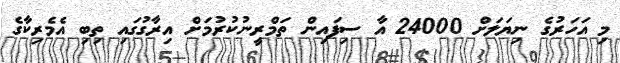
މި އަހަރުގެ ނިޔަލަށް 24000 އާ ސިފައިން ތަމްރީނުކުރުމަށް އިރާގުގައި ތިބި އެމެރިކާގެ